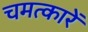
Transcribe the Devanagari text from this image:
चमत्कारें